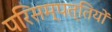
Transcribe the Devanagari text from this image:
परिसम्‍पत्तियों